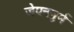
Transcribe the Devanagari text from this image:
जेएननुर्म